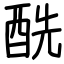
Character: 酰